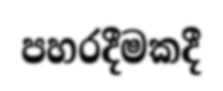
පහරදීමකදී